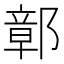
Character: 鄣